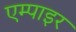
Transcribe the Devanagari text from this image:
एम्पाइर